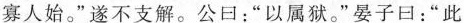
寡人始。”遂不支解。公口：”以属狱。”晏子曰：”此